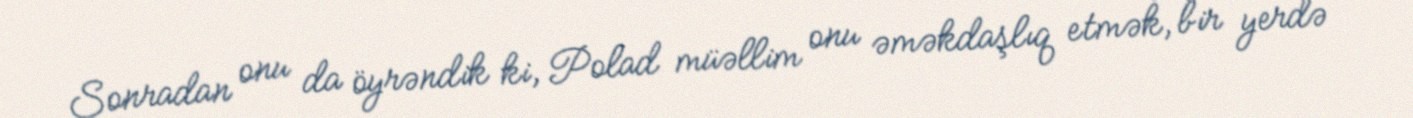
Sonradan onu da öyrəndik ki, Polad müəllim onu əməkdaşlıq etmək, bir yerdə